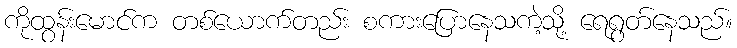
ကိုထွန်းမောင်က တစ်ယောက်တည်း စကားပြောနေသကဲ့သို့ ရေရွတ်နေသည်။